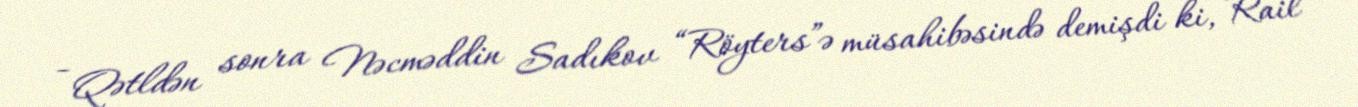
- Qətldən sonra Nəcməddin Sadıkov “Röyters”ə müsahibəsində demişdi ki, Rail